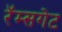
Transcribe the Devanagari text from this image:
रॅम्सगेट